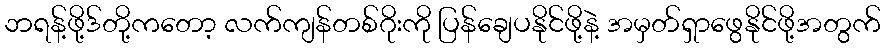
ဘရန့်ဖို့ဒ်တို့ကတော့ လက်ကျန်တစ်ဂိုးကို ပြန်ချေပနိုင်ဖို့နဲ့ အမှတ်ရှာဖွေနိုင်ဖို့အတွက်